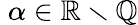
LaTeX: \; \alpha\in\mathbb{R}\smallsetminus\mathbb{Q}